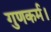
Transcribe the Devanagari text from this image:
गुणकर्म।